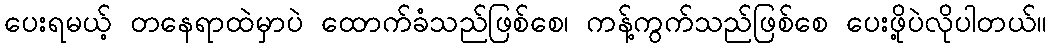
ပေးရမယ့် တနေရာထဲမှာပဲ ထောက်ခံသည်ဖြစ်စေ၊ ကန့်ကွက်သည်ဖြစ်စေ ပေးဖို့ပဲလိုပါတယ်။